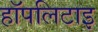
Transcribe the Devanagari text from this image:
हॉपलिटाइ